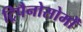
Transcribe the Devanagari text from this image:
ट्रिपैनोसोमों